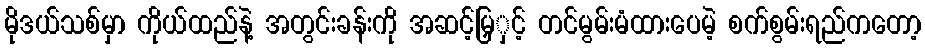
မိုဒယ်သစ်မှာ ကိုယ်ထည်နဲ့ အတွင်းခန်းကို အဆင့်မြှှင့် တင်မွမ်းမံထားပေမဲ့ စက်စွမ်းရည်ကတော့